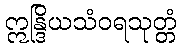
ဣန္ဒြိယသံဝရသုတ္တံ